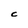
Character: C